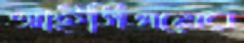
আইসিএমের